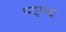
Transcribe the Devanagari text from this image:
पट्टूपट्टू